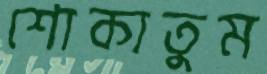
শোকাতুম